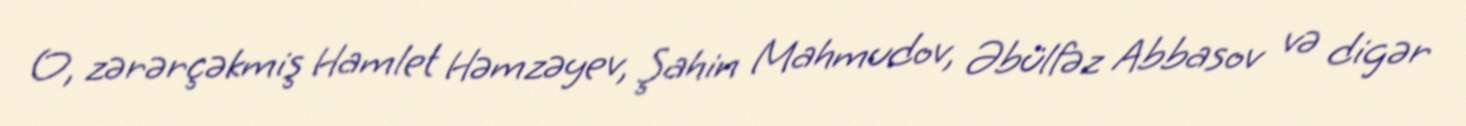
O, zərərçəkmiş Hamlet Həmzəyev, Şahin Mahmudov, Əbülfəz Abbasov və digər